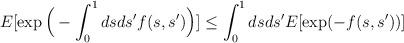
LaTeX: \begin{align*}E[\exp\Big( -\int_{0}^{1} ds ds^{\prime}f(s,s^{\prime})\Big)]\leq\int_{0}^{1} dsds^{\prime} E[\exp(-f(s,s^{\prime}))]\end{align*}